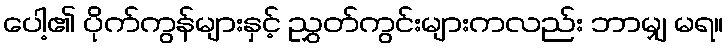
ပေါ့၏ ပိုက်ကွန်များနှင့် ညွှတ်ကွင်းများကလည်း ဘာမျှ မရ။